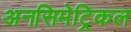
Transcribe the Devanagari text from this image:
अनसिमेट्रिकल